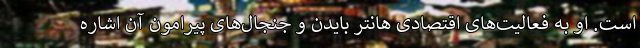
است. او به فعالیت‌های اقتصادی هانتر بایدن و جنجال‌های پیرامون آن اشاره